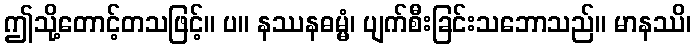
ဤသို့တောင့်တသဖြင့်။ ပ။ နဿနဓမ္မံ၊ ပျက်စီးခြင်းသဘောသည်။ မာနဿိ၊